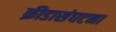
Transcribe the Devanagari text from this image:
क्रीडासंघटना